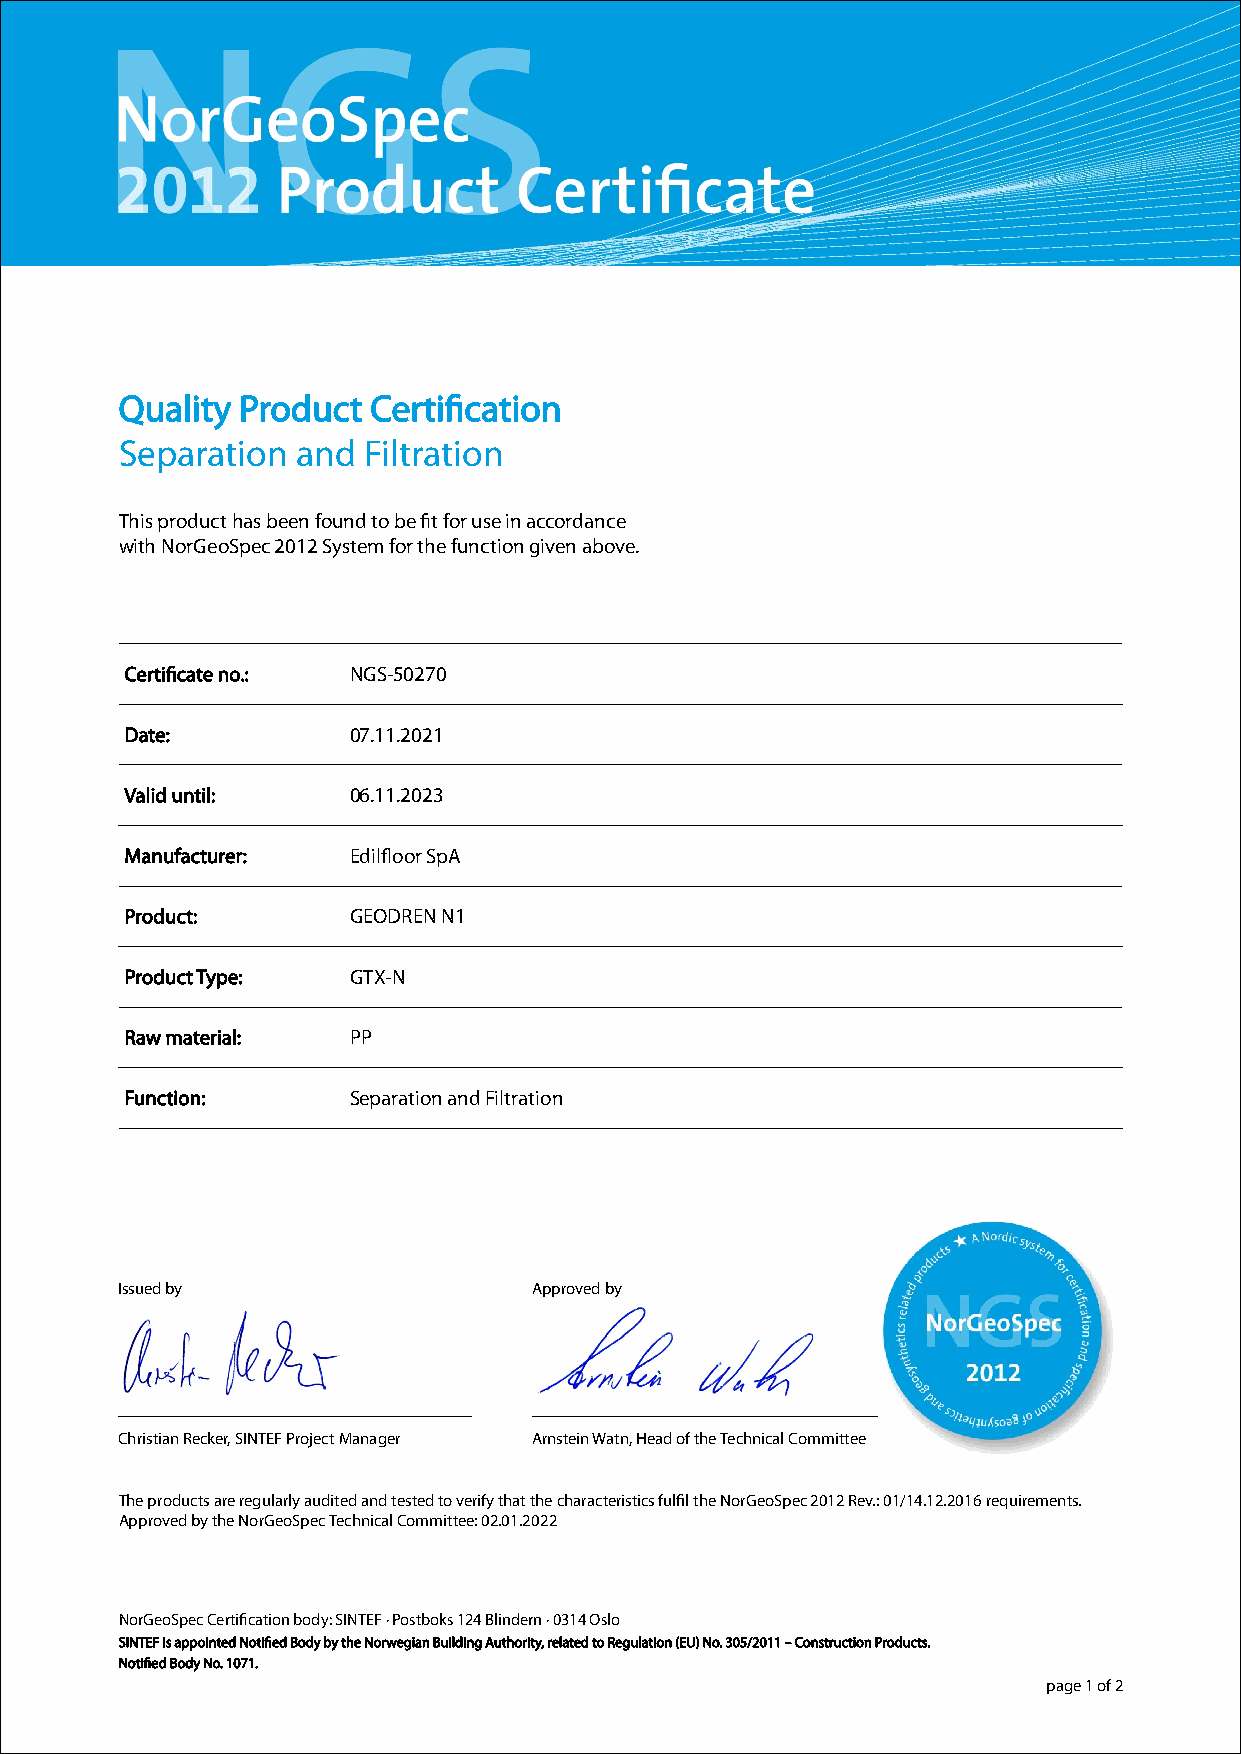
Quality Product  Certification
 Separation  and Filtration
 This product has been found to be fit for use in accordance
 with NorGeoSpec 2012 System for the function given above.
 Certificate no.: NGS-50270
 Date:          07.11.2021
 Valid until:   06.11.2023
 Manufacturer:  Edilfloor SpA
 Product:       GEODREN N1
 Product Type:  GTX-N
 Raw material:  PP
 Function:      Separation and Filtration
 Issued by                  Approved by
 Christian Recker, SINTEF Project Manager Arnstein Watn, Head of the Technical Committee
 The products are regularly audited and tested to verify that the characteristics fulfil the NorGeoSpec 2012 Rev.: 01/14.12.2016 requirements.
 Approved by the NorGeoSpec Technical Committee: 02.01.2022
 NorGeoSpec Certification body: SINTEF · Postboks 124 Blindern · 0314 Oslo
 SINTEF is appointed Notified Body by the Norwegian Building Authority, related to Regulation (EU) No. 305/2011 – Construction Products.
 Notified Body No. 1071.
 page 1 of 2